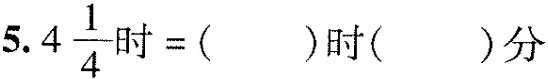
5.$$4 \frac { 1 } { 4 } 时 = ( ) 时 ( ) 分$$